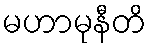
မဟာမုနီတိ